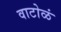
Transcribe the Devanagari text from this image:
वाटोळं